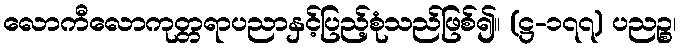
လောကီလောကုတ္တရာပညာနှင့်ပြည့်စုံသည်ဖြစ်၍။ (ဋ္ဌ-၁၇၇) ပညဉ္စ၊